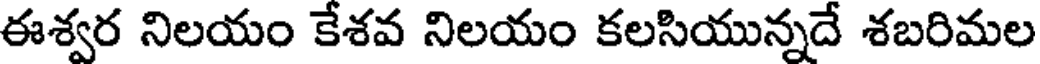
ఈశ్వర నిలయం కేశవ నిలయం కలసియున్నదే శబరిమల